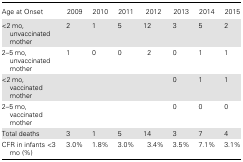
| Age at Onset | 2009 | 2010 | 2011 | 2012 | 2013 | 2014 | 2015 |
 | --- | --- | --- | --- | --- | --- | --- | --- |
 | <2 mo, unvaccinated mother | 2 | 1 | 5 | 12 | 3 | 5 | 2 |
 | 2–5 mo, unvaccinated mother | 1 | 0 | 0 | 2 | 0 | 1 | 1 |
 | <2 mo, vaccinated mother |  |  |  |  | 0 | 1 | 1 |
 | 2–5 mo, vaccinated mother |  |  |  |  | 0 | 0 | 0 |
 | Total deaths | 3 | 1 | 5 | 14 | 3 | 7 | 4 |
 | CFR in infants <3 mo (%) | 3.0% | 1.8% | 3.0% | 3.4% | 3.5% | 7.1% | 3.1% |